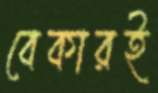
বেকারই